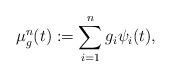
LaTeX: \begin{align*}\mu^n_g(t) := \sum_{i=1}^ng_i\psi_i(t), \end{align*}